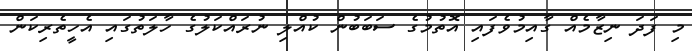
މި ފަދަ ނިޒާމެއް ގާއިމުވެފައި އޮތުމުގެ ސަބަބުން ކުއްލި ނުރައްކަލުގެ ހާލަތުގައި އެހީތެރިކަން